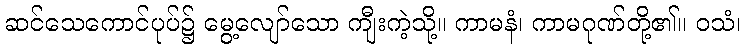
ဆင်သေကောင်ပုပ်၌ မွေ့လျော်သော ကျီးကဲ့သို့။ ကာမနံ၊ ကာမဂုဏ်တို့၏။ ဝသံ၊